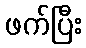
ဖက်ပြီး